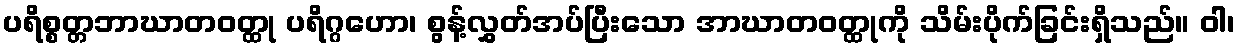
ပရိစ္စတ္တဘာဃာတဝတ္ထု ပရိဂ္ဂဟော၊ စွန့်လွှတ်အပ်ပြီးသော အာဃာတဝတ္ထုကို သိမ်းပိုက်ခြင်းရှိသည်။ ဝါ၊